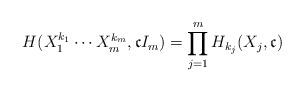
LaTeX: \begin{align*}H(X_1^{k_1} \cdots X_m^{k_m},\mathfrak{c}I_m) = \prod_{j=1}^m H_{k_j}(X_j,\mathfrak{c})\end{align*}